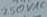
Text: 2.50VAC